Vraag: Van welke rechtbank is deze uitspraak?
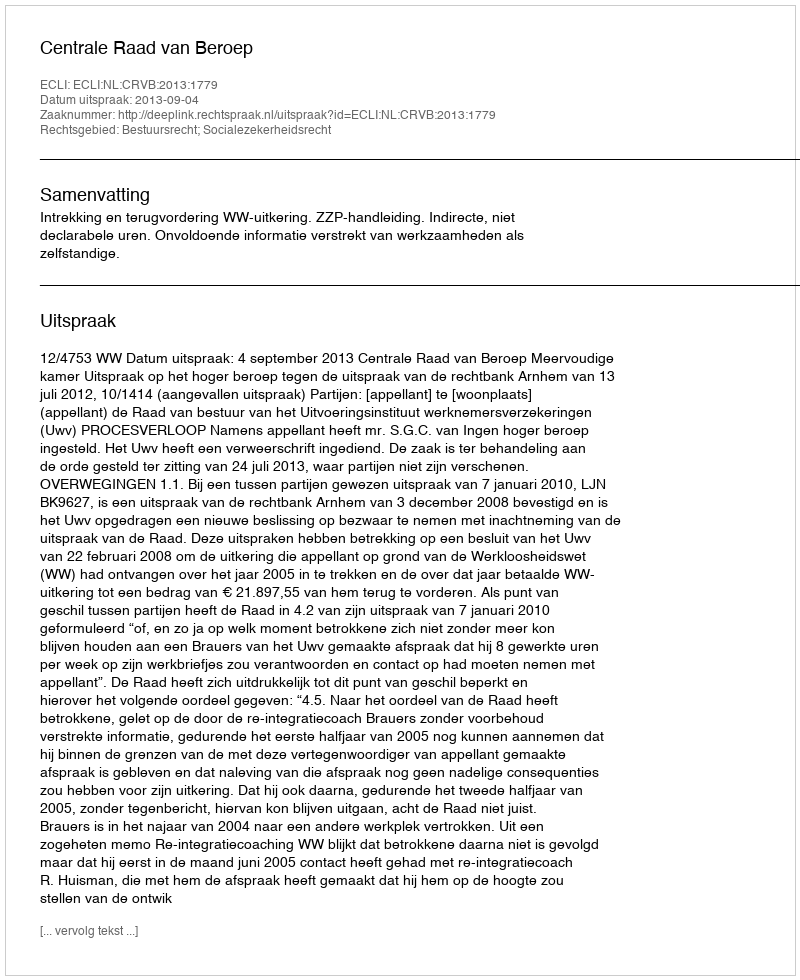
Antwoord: Centrale Raad van Beroep